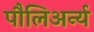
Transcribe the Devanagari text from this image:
पौलिअर्न्य